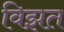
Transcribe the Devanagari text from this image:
विझत